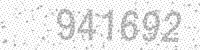
Solution: 941692